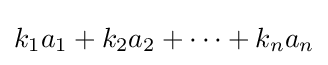
k_{1}a_{1}+k_{2}a_{2}+\dots +k_{n}a_{n}